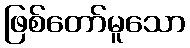
ဖြစ်တော်မူသော